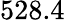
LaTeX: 528.4